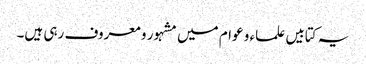
یہ کتابیں علماء و عوام میں مشہور و معروف رہی ہیں۔